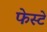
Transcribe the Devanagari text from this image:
फेस्टे